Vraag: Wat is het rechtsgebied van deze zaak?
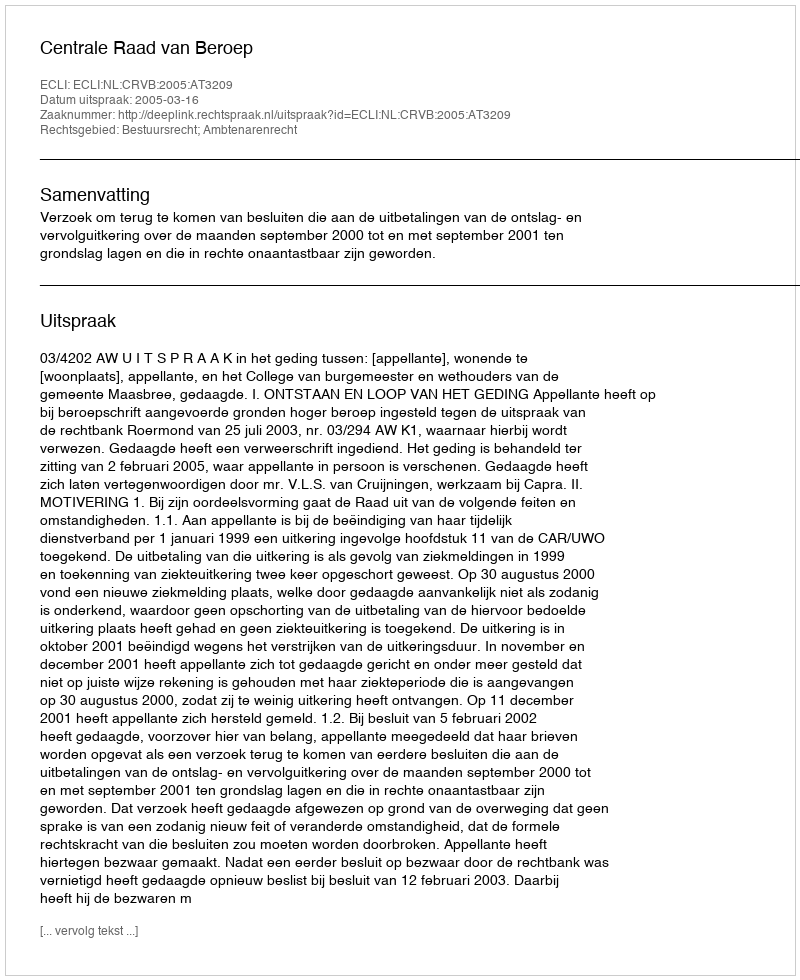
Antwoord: Bestuursrecht; Ambtenarenrecht